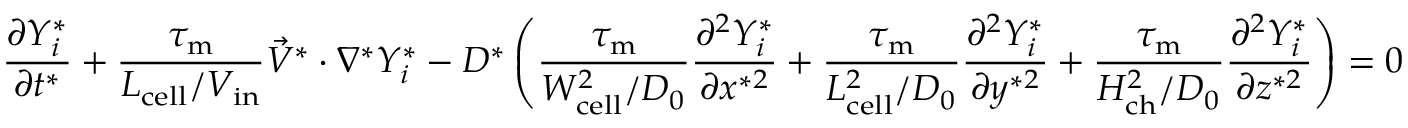
\frac { \partial Y _ { i } ^ { * } } { \partial t ^ { * } } + \boldsymbol { \frac { \tau _ { \mathrm { { m } } } } { L _ { \mathrm { c e l l } } / V _ { \mathrm { i n } } } } \vec { V } ^ { * } \cdot \nabla ^ { * } Y _ { i } ^ { * } - D ^ { * } \left( \boldsymbol { \frac { \tau _ { \mathrm { m } } } { W _ { \mathrm { c e l l } } ^ { 2 } / D _ { 0 } } } \frac { \partial ^ { 2 } Y _ { i } ^ { * } } { \partial x ^ { * 2 } } + \boldsymbol { \frac { \tau _ { \mathrm { m } } } { L _ { \mathrm { c e l l } } ^ { 2 } / D _ { 0 } } } \frac { \partial ^ { 2 } Y _ { i } ^ { * } } { \partial y ^ { * 2 } } + \boldsymbol { \frac { \tau _ { \mathrm { m } } } { H _ { \mathrm { c h } } ^ { 2 } / D _ { 0 } } } \frac { \partial ^ { 2 } Y _ { i } ^ { * } } { \partial z ^ { * 2 } } \right) = 0